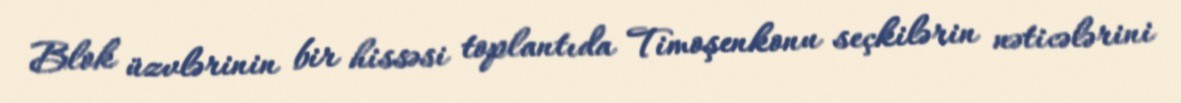
Blok üzvlərinin bir hissəsi toplantıda Timoşenkonu seçkilərin nəticələrini